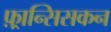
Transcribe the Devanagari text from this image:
फ़्रान्सिसकन